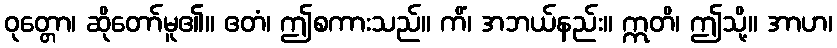
ဝုတ္တော၊ ဆိုတော်မူ၏။ ဧတံ၊ ဤစကားသည်။ ကိံ၊ အဘယ်နည်း။ ဣတိ၊ ဤသို့။ အာဟ၊